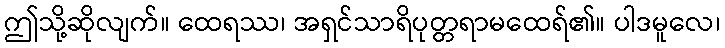
ဤသို့ဆိုလျက်။ ထေရဿ၊ အရှင်သာရိပုတ္တရာမထေရ်၏။ ပါဒမူလေ၊